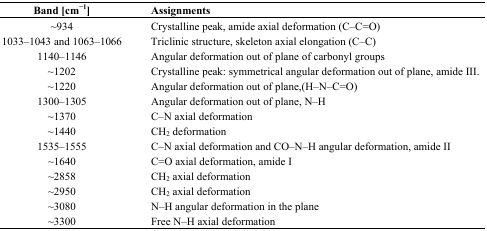
| Band [cm−1] | Assignments |
 | --- | --- |
 | ~934 | Crystalline peak, amide axial deformation (C–C=O) |
 | 1033–1043 and 1063–1066 | Triclinic structure, skeleton axial elongation (C–C) |
 | 1140–1146 | Angular deformation out of plane of carbonyl groups |
 | ~1202 | Crystalline peak: symmetrical angular deformation out of plane, amide III. |
 | ~1220 | Angular deformation out of plane,(H–N–C=O) |
 | 1300–1305 | Angular deformation out of plane, N–H |
 | ~1370 | C–N axial deformation |
 | ~1440 | CH2 deformation |
 | 1535–1555 | C–N axial deformation and CO–N–H angular deformation, amide II |
 | ~1640 | C=O axial deformation, amide I |
 | ~2858 | CH2 axial deformation |
 | ~2950 | CH2 axial deformation |
 | ~3080 | N–H angular deformation in the plane |
 | ~3300 | Free N–H axial deformation |